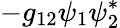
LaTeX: -g_{12}\psi_{1}\psi_{2}^{*}